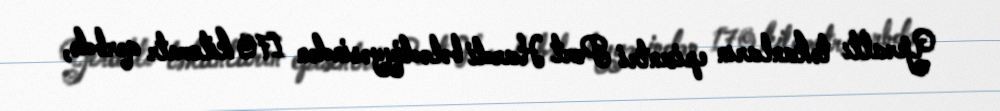
Yeraltı təkanların episentri Port Hardi bələdiyyəsindən 170 kilometr qərbdə,